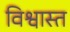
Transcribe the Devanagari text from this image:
विश्वास्त